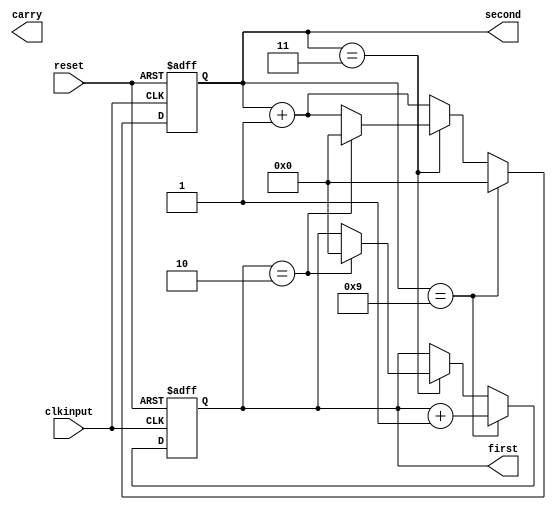
`timescale 1ns / 1ps
module Counter_Hours_Use(
input clkinput,
input reset,
output reg [3:0]first,
output reg [3:0]second,
output reg carry
    );
always@(posedge clkinput,posedge reset)
begin
     if(reset)
     begin
         first <= 0;
         second <= 0;
     end
     else 
     begin
         if(second == 9)
         begin
             second <= 0;
             first <= first +1;
         end
         else if(second == 3)
         begin
             if(first == 2)
             begin
                 first <= 0;
                 second <= 0;
             end
             else
             begin
                 second <= second +1;
             end
         end
         else 
         begin
             second <= second +1;
         end
     end
end

endmodule

//////////////////////////////////////////////////////////////////////////////////
// Company: 
// Engineer: 
// 
// Design Name: 
// Module Name: Counter_Hours_Use
// Project Name: 
// Target Devices: 
// Tool Versions: 
// Description: 
// 
// Dependencies: 
// 
// Revision:
// Revision 0.01 - File Created
// Additional Comments:
// 
//////////////////////////////////////////////////////////////////////////////////